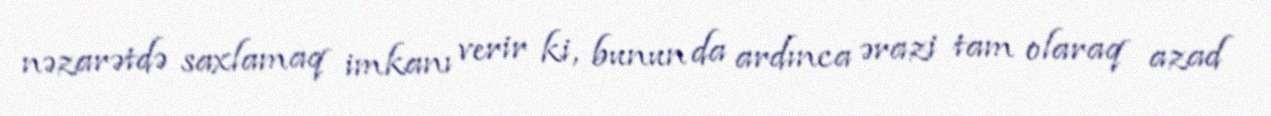
nəzarətdə saxlamaq imkanı verir ki, bunun da ardınca ərazi tam olaraq azad